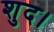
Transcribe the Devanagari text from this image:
शुद।